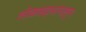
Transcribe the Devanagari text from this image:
लोकसहभागातुन